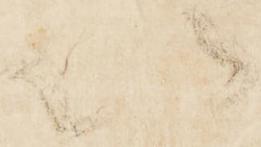
以